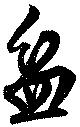
盆